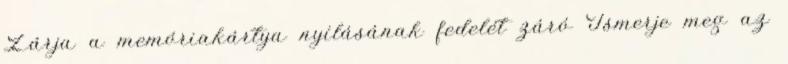
Zárja a memóriakártya nyílásának fedelét záró Ismerje meg az